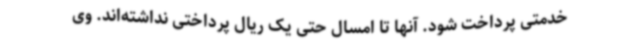
خدمتی پرداخت شود. آنها تا امسال حتی یک ریال پرداختی نداشته‌اند. وی